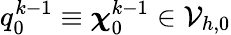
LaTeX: q_{0}^{k-1}\equiv\boldsymbol{\chi}_{0}^{k-1}\in\mathcal{V}_{h,0}